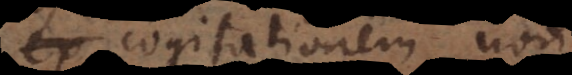
ex cogitationem non